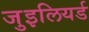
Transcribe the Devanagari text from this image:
जुइलियर्ड